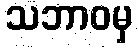
သဘာဝမှ